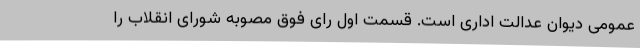
عمومی دیوان عدالت اداری است. قسمت اول رای فوق مصوبه شورای انقلاب را